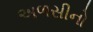
અળસીનો